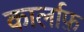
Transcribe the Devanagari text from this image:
कार्लाफ़